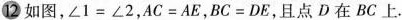
12 如图，∠1=∠2，AC=AE，BC=DE，且点D在BC上。